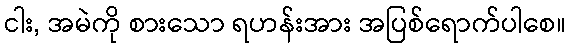
ငါး, အမဲကို စားသော ရဟန်းအား အပြစ်ရောက်ပါစေ။